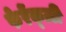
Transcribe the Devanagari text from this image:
फेरेंक्ज़ी